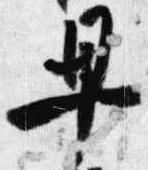
早